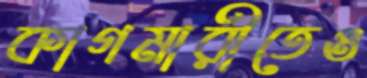
কাগমারীতেও